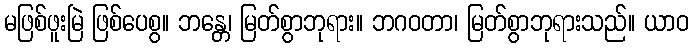
မဖြစ်ဖူးမြဲ ဖြစ်ပေစွ။ ဘန္တေ၊ မြတ်စွာဘုရား။ ဘဂဝတာ၊ မြတ်စွာဘုရားသည်။ ယာဝ